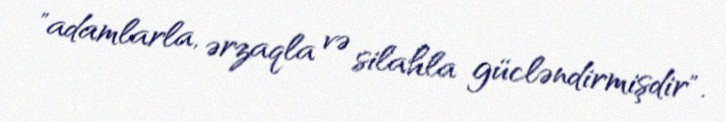
"adamlarla, ərzaqla və silahla gücləndirmişdir".